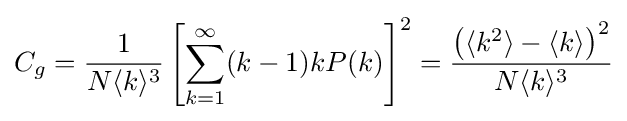
C_{g}={\frac {1}{N\langle k\rangle ^{3}}}\left[\sum _{k=1}^{\infty }(k-1)kP(k)\right]^{2}={\frac {\left(\langle k^{2}\rangle -\langle k\rangle \right)^{2}}{N\langle k\rangle ^{3}}}